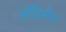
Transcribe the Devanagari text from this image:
ॲग्रिमेंट